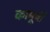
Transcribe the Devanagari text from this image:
कामूची